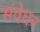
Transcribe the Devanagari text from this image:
संवेधन